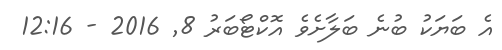
އެ ބަޔަކު ބުނެ ބަލާށެވެ އޮކްޓޯބަރު 8